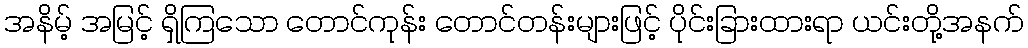
အနိမ့် အမြင့် ရှိကြသော တောင်ကုန်း တောင်တန်းများဖြင့် ပိုင်းခြားထားရာ ယင်းတို့အနက်